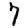
Digit: 7